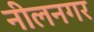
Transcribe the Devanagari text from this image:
नीलनगर